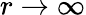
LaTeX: r\to\infty